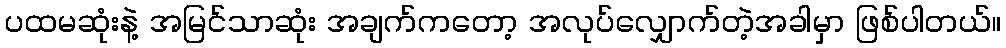
ပထမဆုံးနဲ့ အမြင်သာဆုံး အချက်ကတော့ အလုပ်လျှောက်တဲ့အခါမှာ ဖြစ်ပါတယ်။